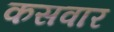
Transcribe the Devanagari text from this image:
कसवार